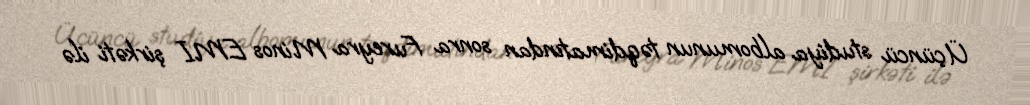
Üçüncü studiya albomunun təqdimatından sonra Fureyra Minos EMI şirkəti ilə